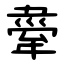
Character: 舝